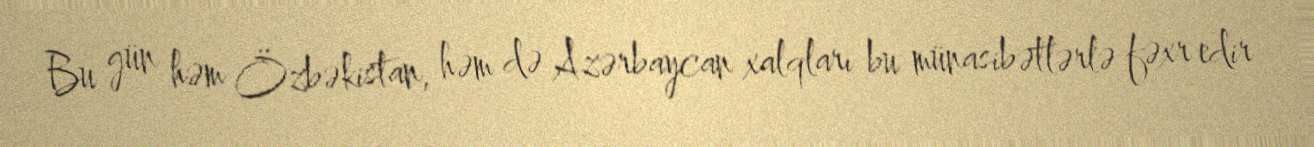
Bu gün həm Özbəkistan, həm də Azərbaycan xalqları bu münasibətlərlə fəxr edir